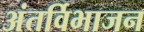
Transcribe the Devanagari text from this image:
अंतर्विभाजन